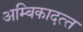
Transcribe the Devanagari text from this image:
अम्बिकादत्‍त